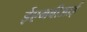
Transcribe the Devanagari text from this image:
ईएमबीआई